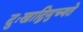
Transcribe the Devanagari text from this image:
दुःखाद्विमुच्यते